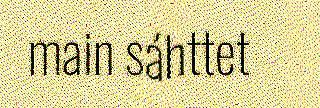
main sáhttet